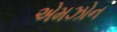
એમઝોન